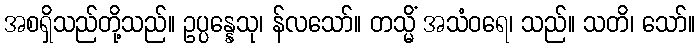
အစရှိသည်တို့သည်။ ဥပ္ပန္နေသု၊ န်လသော်။ တသ္မိံ အသံဝရေ၊ သည်။ သတိ၊ သော်။